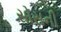
સોસની